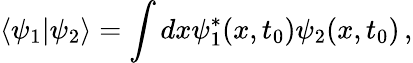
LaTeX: \langle\psi_{1}\vert\psi_{2}\rangle=\int dx\psi_{1}^{*}(x,t_{0})\psi_{2}(x,t_{0})\, ,